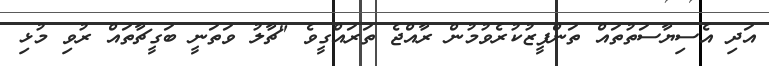
އަދި އެސިޔާސަތުތައް ތަންފީޒުކުރެވުމުން ރާއްޖެ ތަރައްގީވެ "ޗާލު ވަތަނީ ބަގީޗާތައް ރުވި މުޅި